Annual report of the Punjab Veterinary College and of the Civil Veterinary Department, Punjab - 1920-1925
Year: 1920
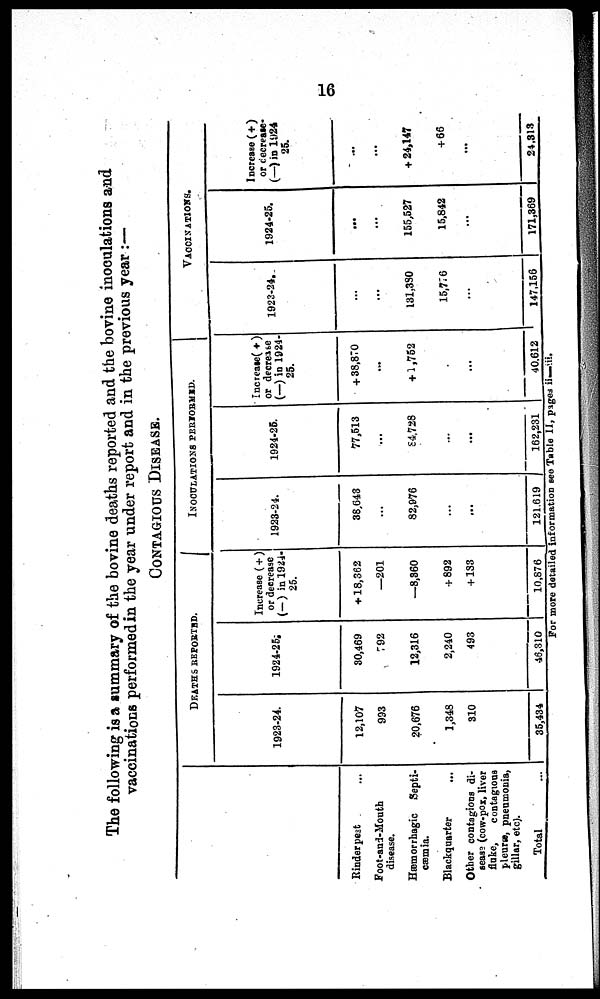
16
The following is a summary of the bovine deaths reported and the bovine inoculations and
vaccinations performed in the year under report and in the previous year:—
CONTAGIOUS DISEASE.
Rinderpest ...
Foot-and-Mouth
disease.
Hæmorrhagic Septi-
cæmia.
Blackquarter
...
Other contagions di-
sease (cow-pox, liver
fluke,
contagious
pleuræ, pneumonia,
gillar, etc).
Total
DEATHS REPORTED.
1923-24.
12,107
993
20,676
1,348
310
35.434
1924-25;
30,469
792
12,316
2,240
493
46,310
Increase (+)
or decrease
(—) in 1924-
25.
+ 18,362
—201
—8,860
+ 892
+ 183
10,876
INOCULATIONS PERFORMED.
1923-24.
38,643
...
82,976
...
...
121,619
1924-25.
77,513
...
84,728
...
...
162,231
Increase(+)
or decrease
(—) in 1924-
25.
+ 38,870
...
+1,752
...
...
40.612
VACCINATIONS.
1923-24.
...
...
131,380
15,776
...
147,156
1924-25.
...
...
155,527
15,842
...
|
171,369
Increase (+)
or decrease-
(—) in 1924
25.
...
...
+ 24,147
+ 66
...
24,313
For more detailed information see Table II, pages ii—iii.